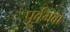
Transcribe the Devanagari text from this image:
पूर्वभवों